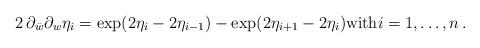
LaTeX: \begin{align*}2 \,\partial_{\bar{w}}\partial_{w}\eta_{i} = \exp (2 \eta_{i} - 2 \eta_{i-1} ) - \exp ( 2 \eta_{i+1} - 2 \eta_{i}) \mbox{with} i=1, \ldots, n\,.\end{align*}